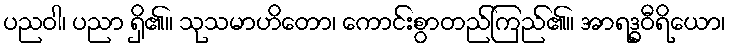
ပညဝါ၊ ပညာ ရှိ၏။ သုသမာဟိတော၊ ကောင်းစွာတည်ကြည်၏။ အာရဒ္ဓဝီရိယော၊